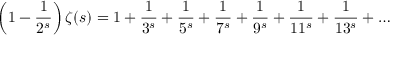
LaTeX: \left( 1 - { \frac { 1 } { 2 ^ { s } } } \right) \zeta ( s ) = 1 + { \frac { 1 } { 3 ^ { s } } } + { \frac { 1 } { 5 ^ { s } } } + { \frac { 1 } { 7 ^ { s } } } + { \frac { 1 } { 9 ^ { s } } } + { \frac { 1 } { 1 1 ^ { s } } } + { \frac { 1 } { 1 3 ^ { s } } } + \ldots